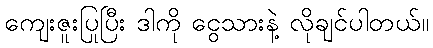
ကျေးဇူးပြုပြီး ဒါကို ငွေသားနဲ့ လိုချင်ပါတယ်။